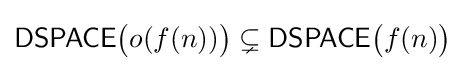
{\mathsf {DSPACE}}{\big (}o(f(n)){\big )}\subsetneq {\mathsf {DSPACE}}{\big (}f(n){\big )}